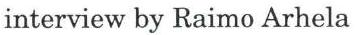
interview by Raimo Arhela